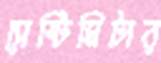
সেন্টিমিটার